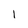
Character: l